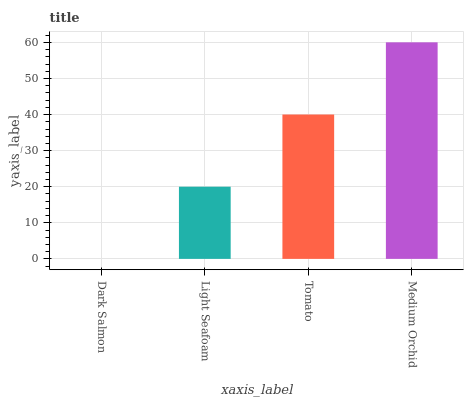
| xaxis_label | bars |
 | --- | --- |
 | Dark Salmon | 0 |
 | Light Seafoam | 20 |
 | Tomato | 40 |
 | Medium Orchid | 60.1 |